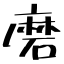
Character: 磨